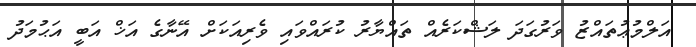
އަލްމުޢުތައްޒު ވަރުގަދަ ލަޝްކަރެއް ތައްޔާރު ކުރައްވައި ވެރިއަކަށް އޭނާގެ އަޚް އަބީ އަޙުމަދު